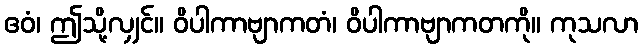
ဧဝံ၊ ဤသို့လျှင်။ ဝိပါကာဗျာကတံ၊ ဝိပါကာဗျာကတကို။ ကုသလာ